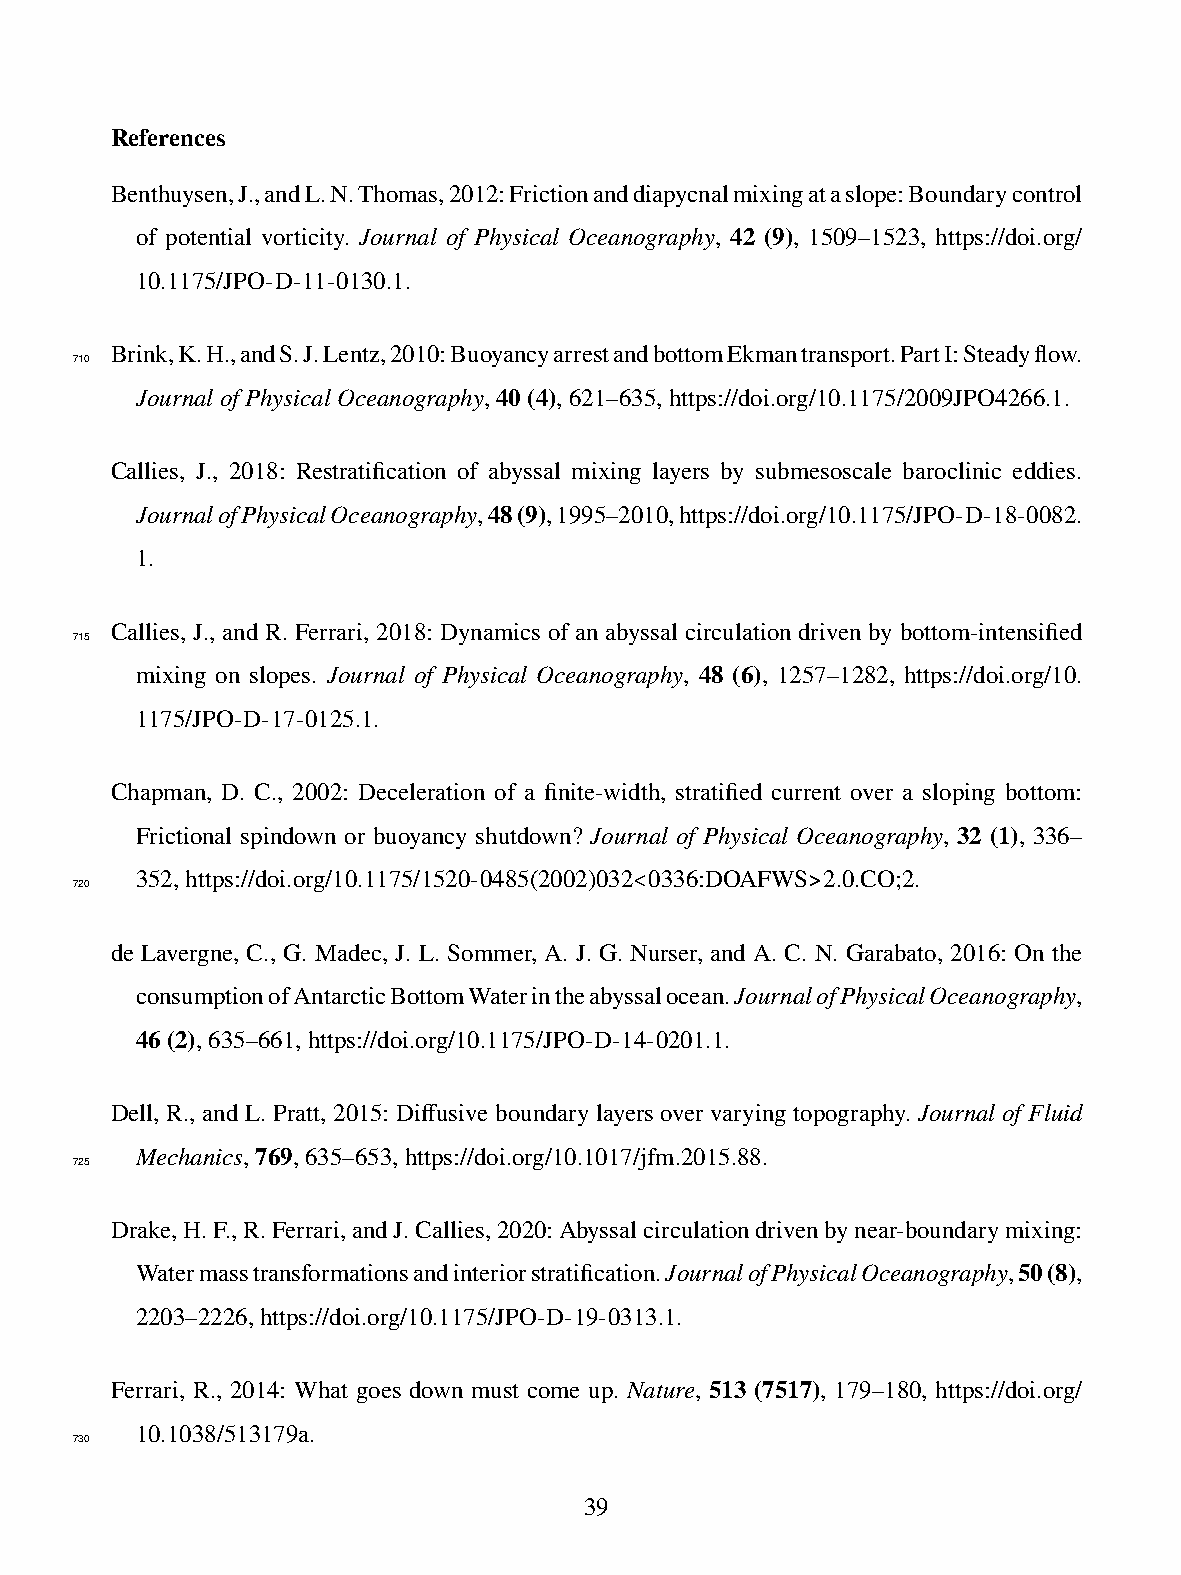
References
 Benthuysen,J.,andL.N.Thomas,2012:Frictionanddiapycnalmixingataslope:Boundarycontrol
 of potential vorticity. Journal of Physical Oceanography, 42 (9), 1509–1523, https://doi.org/
 10.1175/JPO-D-11-0130.1.
 Brink,K.H.,andS.J.Lentz,2010:BuoyancyarrestandbottomEkmantransport.PartI:Steadyflow.
 710
 JournalofPhysicalOceanography,40(4),621–635,https://doi.org/10.1175/2009JPO4266.1.
 Callies, J., 2018: Restratification of abyssal mixing layers by submesoscale baroclinic eddies.
 JournalofPhysicalOceanography,48(9),1995–2010,https://doi.org/10.1175/JPO-D-18-0082.
 1.
 Callies, J., and R. Ferrari, 2018: Dynamics of an abyssal circulation driven by bottom-intensified
 715
 mixing on slopes. Journal of Physical Oceanography, 48 (6), 1257–1282, https://doi.org/10.
 1175/JPO-D-17-0125.1.
 Chapman, D. C., 2002: Deceleration of a finite-width, stratified current over a sloping bottom:
 Frictional spindown or buoyancy shutdown? Journal of Physical Oceanography, 32 (1), 336–
 352,https://doi.org/10.1175/1520-0485(2002)032<0336:DOAFWS>2.0.CO;2.
 720
 de Lavergne, C., G. Madec, J. L. Sommer, A. J. G. Nurser, and A. C. N. Garabato, 2016: On the
 consumptionofAntarcticBottomWaterintheabyssalocean.JournalofPhysicalOceanography,
 46(2),635–661,https://doi.org/10.1175/JPO-D-14-0201.1.
 Dell, R., and L. Pratt, 2015: Diffusive boundary layers over varying topography. Journal of Fluid
 Mechanics,769,635–653,https://doi.org/10.1017/jfm.2015.88.
 725
 Drake,H.F.,R.Ferrari,andJ.Callies,2020:Abyssalcirculationdrivenbynear-boundarymixing:
 Watermasstransformationsandinteriorstratification.JournalofPhysicalOceanography,50(8),
 2203–2226,https://doi.org/10.1175/JPO-D-19-0313.1.
 Ferrari, R., 2014: What goes down must come up. Nature, 513 (7517), 179–180, https://doi.org/
 10.1038/513179a.
 730
 39